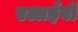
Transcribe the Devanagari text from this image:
एआईबी